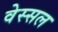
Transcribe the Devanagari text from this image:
वेस्सल